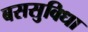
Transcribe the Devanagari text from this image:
बससुविधा